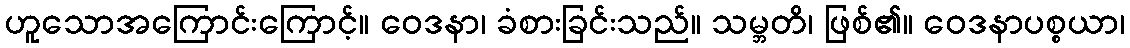
ဟူသောအကြောင်းကြောင့်။ ဝေဒနာ၊ ခံစားခြင်းသည်။ သမ္ဘတိ၊ ဖြစ်၏။ ဝေဒနာပစ္စယာ၊